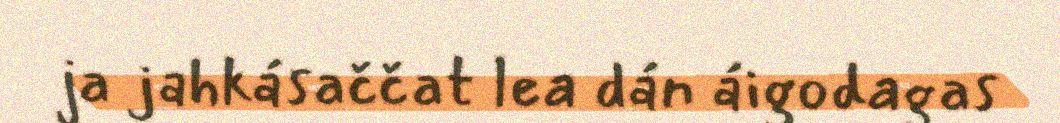
ja jahkásaččat lea dán áigodagas